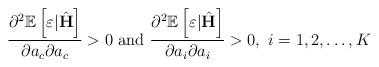
LaTeX: \begin{align*} \frac{\partial^2 \mathbb{E}\left[\varepsilon|\hat{\mathbf{H}}\right]}{\partial a_c \partial a_c} >0 ~{\rm and} ~ \frac{\partial^2 \mathbb{E}\left[\varepsilon|\hat{\mathbf{H}}\right]}{\partial a_i \partial a_i} >0, ~ i=1,2, \ldots, K\end{align*}